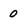
Character: 0